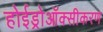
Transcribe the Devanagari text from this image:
होईड्रोऑक्सीकरण